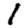
Digit: 1